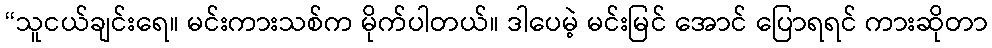
“သူငယ်ချင်းရေ။ မင်းကားသစ်က မိုက်ပါတယ်။ ဒါပေမဲ့ မင်းမြင် အောင် ပြောရရင် ကားဆိုတာ